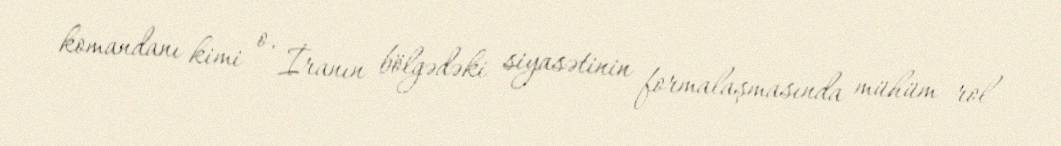
komandanı kimi o, İranın bölgədəki siyasətinin formalaşmasında mühüm rol